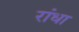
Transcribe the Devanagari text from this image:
रांधा